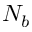
N _ { b }